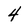
Character: 4